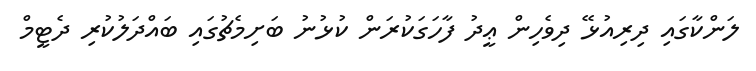
ލަންކާގައި ދިރިއުޅޭ ދިވެހިން ޢީދު ފާހަގަކުރަން ކުޅުނު ބަށިމެޗުގައި ބައްދަލުކުރި ދެޓީމް